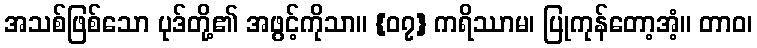
အသစ်ဖြစ်သော ပုဒ်တို့၏ အဖွင့်ကိုသာ။ {၀၇} ကရိဿာမ၊ ပြုကုန်တော့အံ့။ တာဝ၊